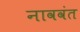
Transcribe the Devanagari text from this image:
नाववंत